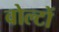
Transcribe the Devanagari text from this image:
वोल्टों